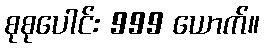
စုစုပေါင်း 999 ယောက်။